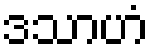
ဒသာဟံ